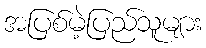
အပြစ်မဲ့ပြည်သူများ